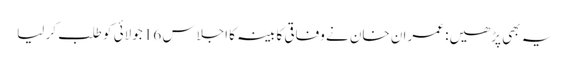
یہ بھی پڑھیں: عمران خان نے وفاقی کابینہ کا اجلاس 16 جولائی کو طلب کر لیا